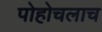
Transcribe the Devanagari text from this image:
पोहोचलाच